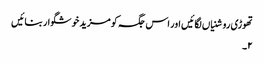
تھوڑی روشنیاں لگائیں اور اس جگہ کو مزید خوشگوار بنائیں
۲۔